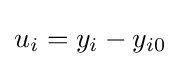
u_{i}=y_{i}-y_{i0}